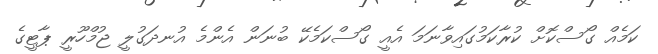
ކަމެއް ގޯސްކޮށް ކުރާކަމުގައިވާނަމަ އެއީ ގޯސްކަމެކޭ ބުނަން އެންމެ އުނދަގުލީ ޖުމްހޫރީ ޕާޓީގެ